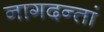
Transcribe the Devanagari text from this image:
नागदन्तां